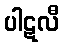
ပါဋလီ